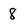
Character: 8